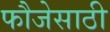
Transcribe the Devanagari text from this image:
फौजेसाठी